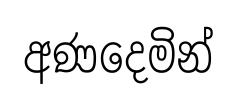
අණදෙමින්